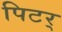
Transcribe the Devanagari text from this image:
पिटर्